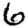
Digit: 6